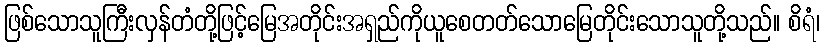
ဖြစ်သောသူကြီးလှန်တံတို့ဖြင့်မြေအတိုင်းအရှည်ကိုယူစေတတ်သောမြေတိုင်းသောသူတို့သည်။ စိရံ၊